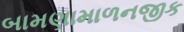
બામણામાળનજીક